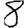
Digit: 8